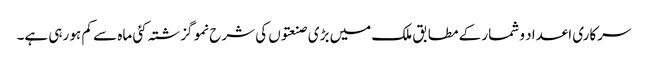
سرکاری اعداد و شمار کے مطابق ملک میں بڑی صنعتوں کی شرح نمو گزشتہ کئی ماہ سے کم ہو رہی ہے۔